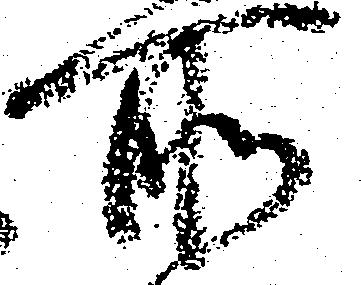
所